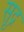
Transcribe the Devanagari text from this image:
सूद्र